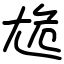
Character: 尯